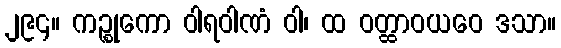
၂၉၄။ ကဉ္စုကော ဝါရဝါဏံ ဝါ၊ ထ ဝတ္ထာဝယဝေ ဒသာ။